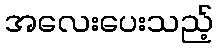
အလေးပေးသည့်